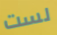
لست